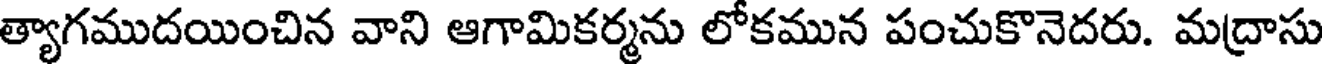
త్యాగముదయించిన వాని ఆగామికర్మను లోకమున పంచుకొనెదరు. మద్రాసు